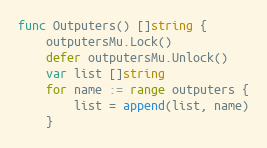
Language: Go
func Outputers() []string {
	outputersMu.Lock()
	defer outputersMu.Unlock()
	var list []string
	for name := range outputers {
		list = append(list, name)
	}